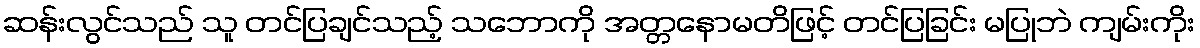
ဆန်းလွင်သည် သူ တင်ပြချင်သည့် သဘောကို အတ္တနောမတိဖြင့် တင်ပြခြင်း မပြုဘဲ ကျမ်းကိုး